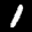
Label: 1